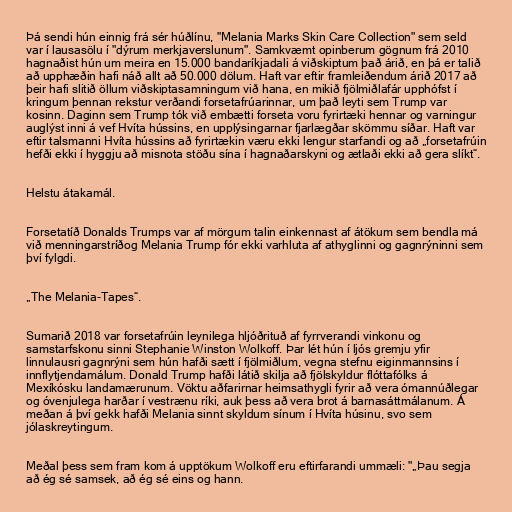
Þá sendi hún einnig frá sér húðlínu, "Melania Marks Skin Care Collection" sem seld
var í lausasölu í "dýrum merkjaverslunum". Samkvæmt opinberum gögnum frá 2010
hagnaðist hún um meira en 15.000 bandaríkjadali á viðskiptum það árið, en þá er talið
að upphæðin hafi náð allt að 50.000 dölum. Haft var eftir framleiðendum árið 2017 að
þeir hafi slitið öllum viðskiptasamningum við hana, en mikið fjölmiðlafár upphófst í
kringum þennan rekstur verðandi forsetafrúarinnar, um það leyti sem Trump var
kosinn. Daginn sem Trump tók við embætti forseta voru fyrirtæki hennar og varningur
auglýst inni á vef Hvíta hússins, en upplýsingarnar fjarlægðar skömmu síðar. Haft var
eftir talsmanni Hvíta hússins að fyrirtækin væru ekki lengur starfandi og að „forsetafrúin
hefði ekki í hyggju að misnota stöðu sína í hagnaðarskyni og ætlaði ekki að gera slíkt“.

Helstu átakamál.

Forsetatíð Donalds Trumps var af mörgum talin einkennast af átökum sem bendla má
við menningarstríðog Melania Trump fór ekki varhluta af athyglinni og gagnrýninni sem
því fylgdi.

„The Melania-Tapes“.

Sumarið 2018 var forsetafrúin leynilega hljóðrituð af fyrrverandi vinkonu og
samstarfskonu sinni Stephanie Winston Wolkoff. Þar lét hún í ljós gremju yfir
linnulausri gagnrýni sem hún hafði sætt í fjölmiðlum, vegna stefnu eiginmannsins í
innflytjendamálum. Donald Trump hafði látið skilja að fjölskyldur flóttafólks á
Mexíkósku landamærunum. Vöktu aðfarirnar heimsathygli fyrir að vera ómannúðlegar
og óvenjulega harðar í vestrænu ríki, auk þess að vera brot á barnasáttmálanum. Á
meðan á því gekk hafði Melania sinnt skyldum sínum í Hvíta húsinu, svo sem
jólaskreytingum.

Meðal þess sem fram kom á upptökum Wolkoff eru eftirfarandi ummæli: "„Þau segja
að ég sé samsek, að ég sé eins og hann.